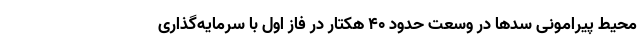
محیط پیرامونی سدها در وسعت حدود ۴۰ هکتار در فاز اول با سرمایه‌گذاری